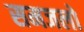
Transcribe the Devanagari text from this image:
समजलो